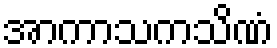
အာကာသကသိဏံ